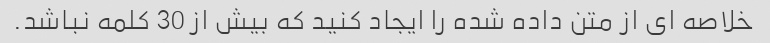
خلاصه ای از متن داده شده را ایجاد کنید که بیش از 30 کلمه نباشد.